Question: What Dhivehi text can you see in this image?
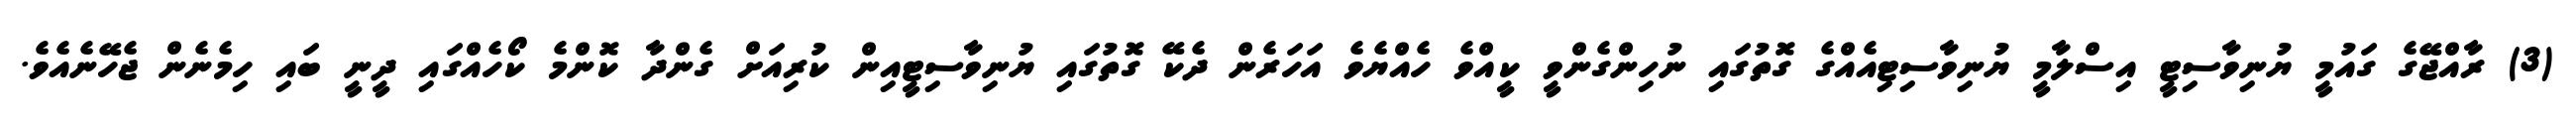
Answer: (3) ރާއްޖޭގެ ގައުމީ ޔުނިވާސިޓީ އިސްލާމީ ޔުނިވާސިޓިއެއްގެ ގޮތުގައި ނުހިންގެންވީ ކީއްވެ ހެއްޔެވެ އަހަރެން ދެކޭ ގޮތުގައި ޔުނިވާސިޓީއިން ކުރިއަށް ގެންދާ ކޮންމެ ކޯހެއްގައި ދީނީ ބައި ހިމެނެން ޖެހޭނެއެވެ.